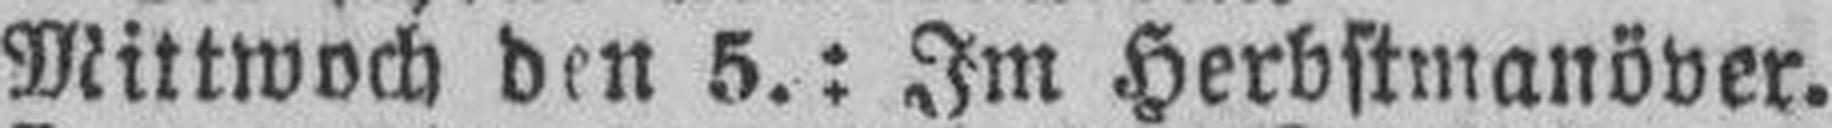
Mittwoch den 5.: Im Herbstmanöver.